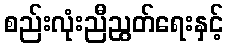
စည်းလုံးညီညွတ်ရေးနှင့်